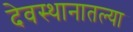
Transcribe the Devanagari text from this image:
देवस्थानातल्या